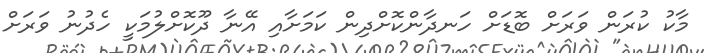
މާކު ކުރަން ވަރަށް ބޮޑަށް ހަނދާންކޮށްދިން ކަމަށާއި އޭނާ ދޫކޮށްލުމަކީ ހެދުނު ވަރަށް